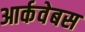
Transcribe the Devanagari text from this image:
आर्कवेबस